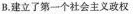
B.建立了第一个社会主义政权